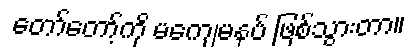
တော်တော့်ကို မကျေမနပ် ဖြစ်သွားတာ။